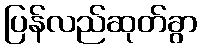
ပြန်လည်ဆုတ်ခွာ